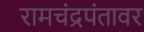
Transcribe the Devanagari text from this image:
रामचंद्रपंतावर